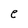
Character: e